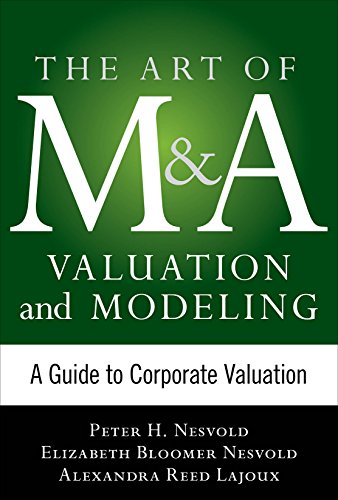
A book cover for Art of M&A Valuation and Modeling: A Guide to Corporate Valuation (The Art of M&A Series); H. Peter Nesvold; Business & Money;